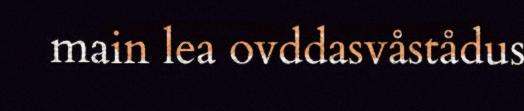
main lea ovddasvåstådus